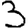
Digit: 3